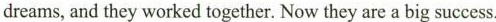
dreams, and they worked together. Now they are a big success.